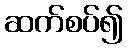
ဆက်စပ်၍